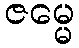
ဇမ္မေ